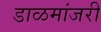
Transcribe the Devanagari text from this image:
डाळमांजरी